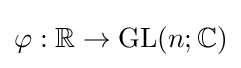
\varphi :\mathbb {R} \rightarrow \mathrm {GL} (n;\mathbb {C} )